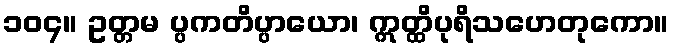
၁၀၄။ ဥတ္တမ ပ္ပကတိပ္ပာယော၊ ဣတ္ထိပုရိသဟေတုကော။